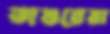
ভাশুরেরা